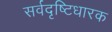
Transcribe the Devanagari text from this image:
सर्वदृष्टिधारक